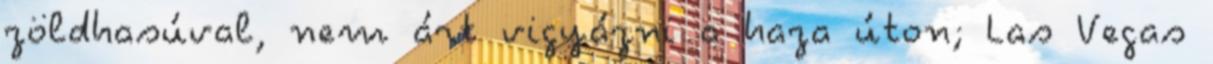
zöldhasúval, nem árt vigyázni a haza úton; Las Vegas